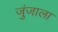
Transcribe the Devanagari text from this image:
जुंजाला